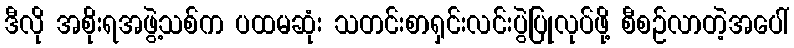
ဒီလို အစိုးရအဖွဲ့သစ်က ပထမဆုံး သတင်းစာရှင်းလင်းပွဲပြုလုပ်ဖို့ စီစဉ်လာတဲ့အပေါ်